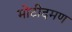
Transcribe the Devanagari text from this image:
मोटीदमण